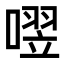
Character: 𪢄